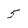
Character: 5